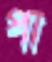
পা